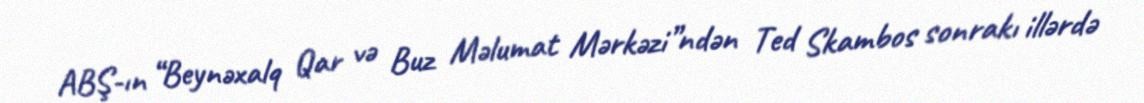
ABŞ-ın “Beynəxalq Qar və Buz Məlumat Mərkəzi”ndən Ted Skambos sonrakı illərdə